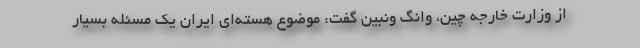
از وزارت خارجه چین، وانگ ونبین گفت: موضوع هسته‌ای ایران یک مسئله بسیار